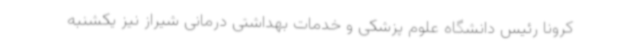
کرونا رئیس دانشگاه علوم پزشکی و خدمات بهداشتی درمانی شیراز نیز یکشنبه